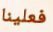
فعلينا